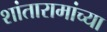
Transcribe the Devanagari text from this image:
शांतारामांच्या